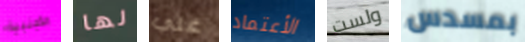
الأجنبية لها علي الأعتماد ولست بمسدس